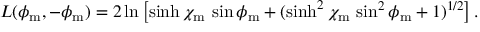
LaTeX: L ( \phi _ { \mathrm { m } } , - \phi _ { \mathrm { m } } ) = 2 \ln \left[ \sinh \chi _ { \mathrm { m } } \, \sin \phi _ { \mathrm { m } } + ( \sinh ^ { 2 } \chi _ { \mathrm { m } } \, \sin ^ { 2 } \phi _ { \mathrm { m } } + 1 ) ^ { 1 / 2 } \right] .